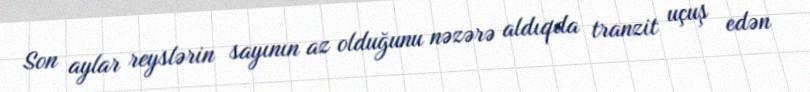
Son aylar reyslərin sayının az olduğunu nəzərə aldıqda tranzit uçuş edən